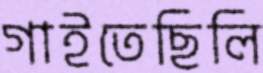
গাইতেছিলি